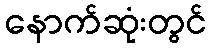
နောက်ဆုံးတွင်